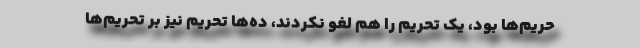
حریم‌ها بود، یک تحریم را هم لغو نکردند، ده‌ها تحریم نیز بر تحریم‌ها